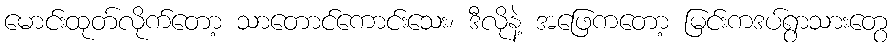
မောင်းထုတ်လိုက်တော့ သာတောင်ကောင်းသေး၊ ဒီလိုနဲ့ အဖြေကတော့ မြင်းကဒပ်ရွာသားတွေ